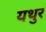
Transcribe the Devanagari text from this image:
यथुर